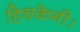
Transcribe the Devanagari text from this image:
हिचकेगी।